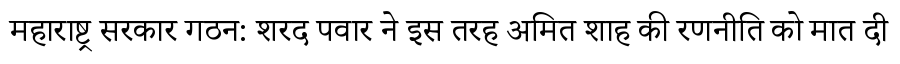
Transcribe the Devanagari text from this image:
महाराष्ट्र सरकार गठन: शरद पवार ने इस तरह अमित शाह की रणनीति को मात दी